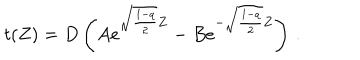
t ( Z ) = D \left( A e ^ { \sqrt { \frac { 1 - q } { 2 } } Z } - B e ^ { - \sqrt { \frac { 1 - q } { 2 } } Z } \right) \, .